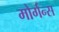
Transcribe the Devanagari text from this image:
मोर्गन्स